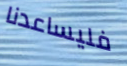
فليساعدنا